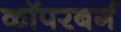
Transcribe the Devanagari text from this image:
कॉपरबर्ग